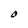
Character: O